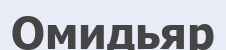
Омидьяр